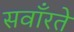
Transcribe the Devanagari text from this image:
सवाँरते